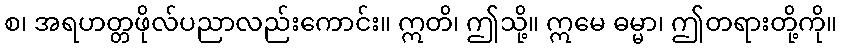
စ၊ အရဟတ္တဖိုလ်ပညာလည်းကောင်း။ ဣတိ၊ ဤသို့။ ဣမေ ဓမ္မာ၊ ဤတရားတို့ကို။